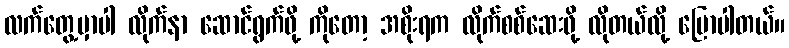
လက်တွေ့မှာပါ လိုက်နာ ဆောင်ရွက်ဖို့ ကိုတော့ အစိုးရက လိုက်စစ်ဆေးဖို့ လိုတယ်လို့ ပြောပါတယ်။